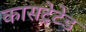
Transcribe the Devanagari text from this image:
कासट्रेटेड